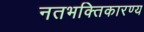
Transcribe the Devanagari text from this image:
नतभक्तिकारण्य